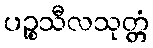
ပဉ္စသီလသုတ္တံ